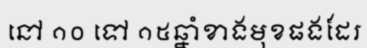
នៅ ១០ ទៅ ១៥ឆ្នាំខាងមុខផងដែរ